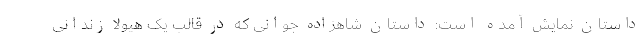
داستان نمایش آمده است: داستان شاهزاده جوانی که در قالب یک هیولا زندانی